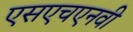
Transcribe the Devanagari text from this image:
एसएचएनवी